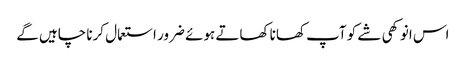
اس انوکھی شے کو آپ کھانا کھاتے ہوئے ضرور استعمال کرنا چاہیں گے